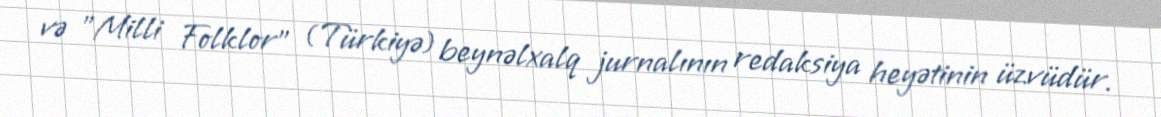
və "Milli Folklor" (Türkiyə) beynəlxalq jurnalının redaksiya heyətinin üzvüdür.